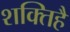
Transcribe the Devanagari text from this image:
शक्तिहै